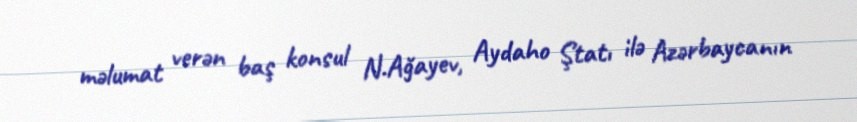
məlumat verən baş konsul N.Ağayev, Aydaho Ştatı ilə Azərbaycanın